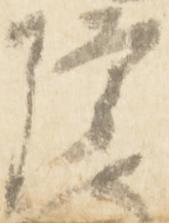
隆